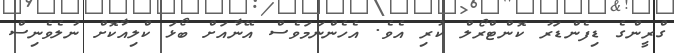
ގްރީންގެ ޑިފެންޑަރު ކޮންޓްރޯލް ކުރި އެވެ. އެހެންނަމަވެސް އޭނާއަށް ބޯޅަ ކްލިއާކޮށް ނުލެވެނިސް